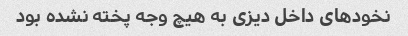
نخود‌های داخل دیزی به هیچ وجه پخته نشده بود